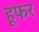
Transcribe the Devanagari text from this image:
हूफर